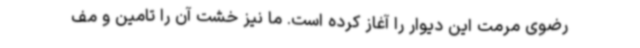
رضوی مرمت این دیوار را آغاز کرده است. ما نیز خشت آن را تامین و مف